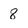
Character: 8